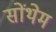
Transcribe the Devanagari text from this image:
सोंथेम